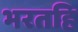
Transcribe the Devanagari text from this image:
भरतहि